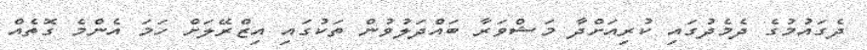
ދެގައުމުގެ ދެމެދުގައި ކުރިއަށްދާ މަޝްވަރާ ބައްދަލުވުން ތަކުގައި އިޒްރޭލަށް ހަމަ އެންމެ ގޮތެއް